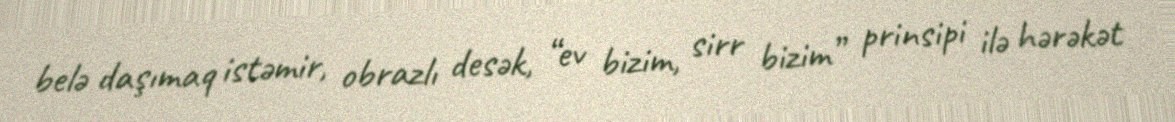
belə daşımaq istəmir, obrazlı desək, “ev bizim, sirr bizim” prinsipi ilə hərəkət